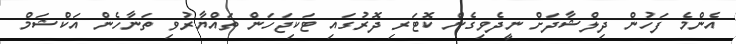
އެންމެ ފަހުން ދިލްޝާދަަށް ނީދެވިގެން ކޮޓަރި ދޮރުގައި ޓަކިޖަހަން ތައްޔާރުވި ތަނާހެން އަކްޝަމް